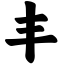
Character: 丰